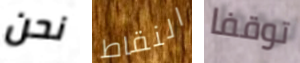
نحن النقاط توقفا